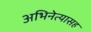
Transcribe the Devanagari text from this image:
अभिनेत्यासह